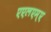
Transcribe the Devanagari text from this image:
एएलएम्ए